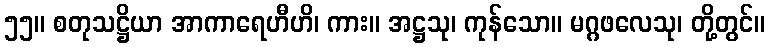
၅၅။ စတုသဋ္ဌိယာ အာကာရေဟီဟိ၊ ကား။ အဋ္ဌသု၊ ကုန်သော။ မဂ္ဂဖလေသု၊ တို့တွင်။